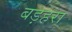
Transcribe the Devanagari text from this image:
बड़हरा